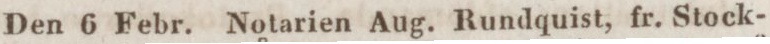
Den 6 Febr. Notarien Aug. Rundquist, fr. Stock-